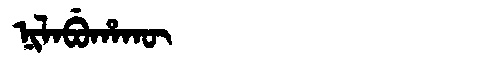
Manchu: ᠨᡳᠯᠠᠪᡠᡥᠠᡴᡡ
Romanization: NILABUHAKŪ